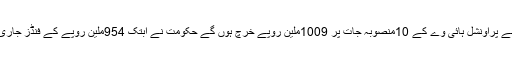
ڈی سی او نے بتایا کہ صوبائی ترقیاتی بجٹ کے 76منصوبہ جات میں سے پراونشل ہائی وے کے 10منصوبہ جات پر 1009ملین روپے خرچ ہوں گے حکومت نے ابتک 954ملین روپے کے فنڈز جاری کر دیے ہیں اور ان منصوبوں پر ابتک 36فیصد کام مکمل کیا جاچکاہے۔